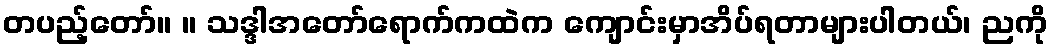
တပည့်တော်။ ။ သဒ္ဒါအတော်ရောက်ကထဲက ကျောင်းမှာအိပ်ရတာများပါတယ်၊ ညကို